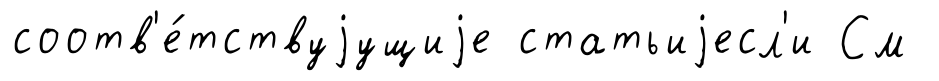
соотв'е́тствуjущиjе статьиjесл'и См